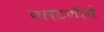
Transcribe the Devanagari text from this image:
पलटणीने